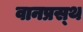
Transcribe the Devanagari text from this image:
वानप्रस्‍थ